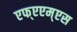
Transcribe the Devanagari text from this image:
एफ्‌एएम्‌एस